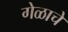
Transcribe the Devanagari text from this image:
गेळाचे